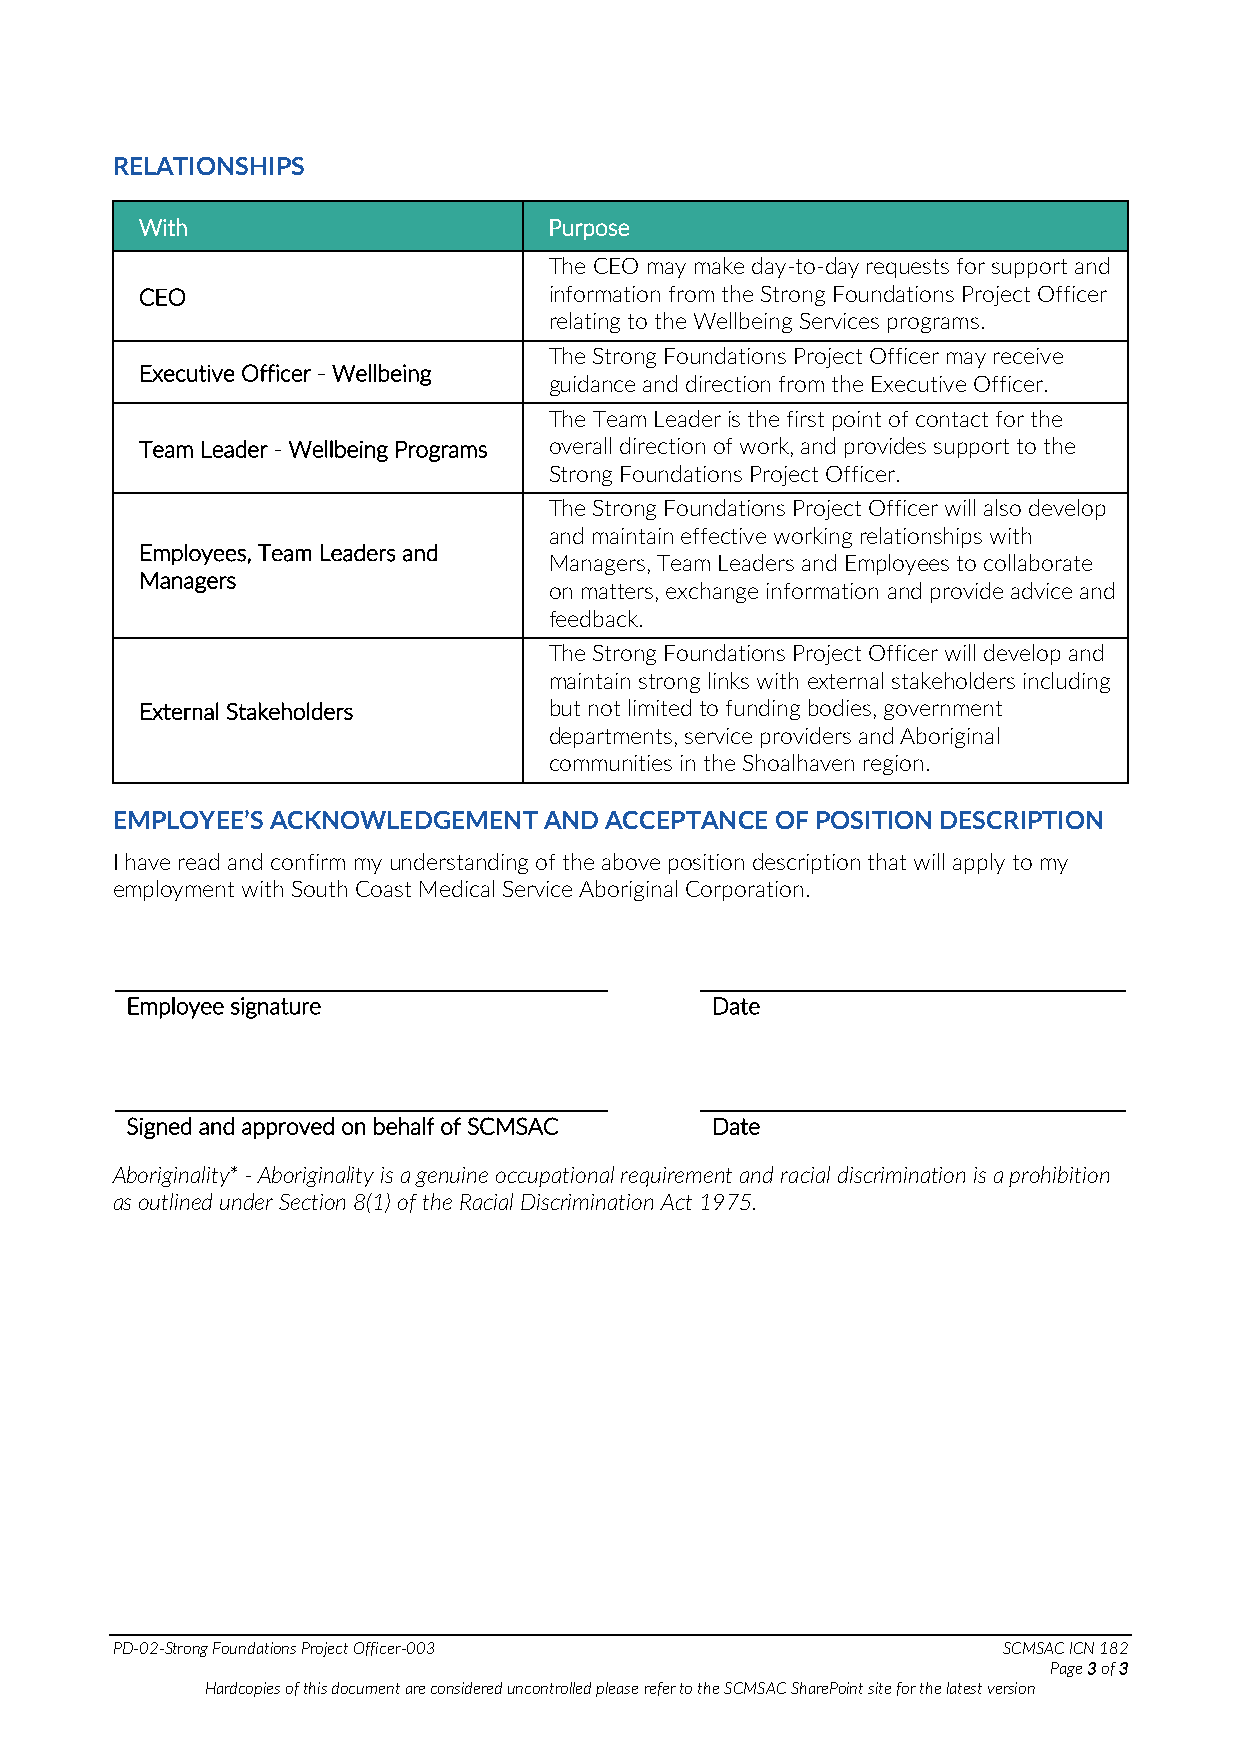
RELATIONSHIPS
 With                       Purpose
 The CEO may make day-to-day requests for support and
 CEO                        information from the Strong Foundations Project Officer
 relating to the Wellbeing Services programs.
 The Strong Foundations Project Officer may receive
 Executive Officer - Wellbeing
 guidance and direction from the Executive Officer.
 The Team Leader is the first point of contact for the
 Team Leader - Wellbeing Programs overall direction of work, and provides support to the
 Strong Foundations Project Officer.
 The Strong Foundations Project Officer will also develop
 and maintain effective working relationships with
 Employees, Team Leaders and
 Managers, Team Leaders and Employees to collaborate
 Managers
 on matters, exchange information and provide advice and
 feedback.
 The Strong Foundations Project Officer will develop and
 maintain strong links with external stakeholders including
 External Stakeholders      but not limited to funding bodies, government
 departments, service providers and Aboriginal
 communities in the Shoalhaven region.
 EMPLOYEE’S ACKNOWLEDGEMENT   AND ACCEPTANCE OF POSITION DESCRIPTION
 I have read and confirm my understanding of the above position description that will apply to my
 employment with South Coast Medical Service Aboriginal Corporation.
 Employee signature                     Date
 Signed and approved on behalf of SCMSAC Date
 Aboriginality* - Aboriginality is a genuine occupational requirement and racial discrimination is a prohibition
 as outlined under Section 8(1) of the Racial Discrimination Act 1975.
 PD-02-Strong Foundations Project Officer-003               SCMSAC ICN 182
 Page 3 of 3
 Hardcopies of this document are considered uncontrolled please refer to the SCMSAC SharePoint site for the latest version